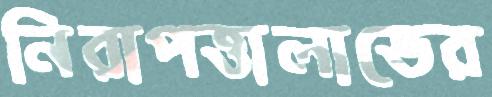
নিরাপত্তালাভের